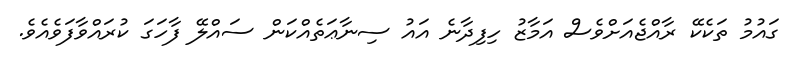
ގައުމު ތަކެކޭ ރާއްޖެއަށްވެސް އަމާޒު ހިފިދާނެ އައު ސިނާޢަތެއްކަން ސައްލޭ ފާހަގަ ކުރައްވާފަވެއެވެ.